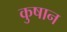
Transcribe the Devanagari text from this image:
कुषान